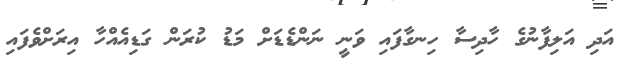
އަދި އަލިފާނުގެ ހާދިސާ ހިނގާފައި ވަނީ ނަންޑެޑަށް މަޑު ކުރަން ގަޑިއެއްހާ އިރަށްވެފައި